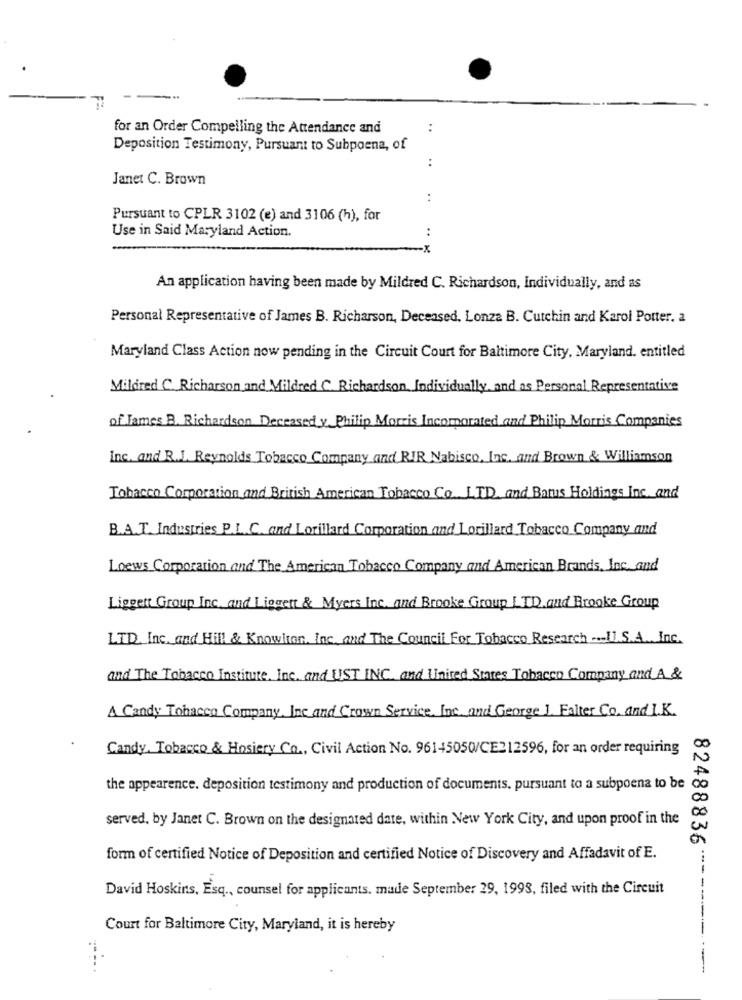
for an Order Compelling the Attendance and
..
Deposition Testimony, Pursuant to Subpoena, of
..
Janet C. Brown
..
Pursuant to CPLR 3102 (e) and 3106 (h), for
Use in Said Maryland Action.
An application having been made by Mildred C. Richardson, Individually, and as
Personal Representative of James B. Richarson, Deceased, Lonza B. Cutchin and Karol Potter. a
Maryland Class Action now pending in the Circuit Court for Baltimore City, Maryland. entitled
Mildred C. Richarson and Mildred C. Richardson, Individually, and as Personal Representative
of James B. Richardson Deceased y Philip Morris Incorporated and Philip Morris Companies
Inc. and R.J. Reynolds Tobacco Company and RIR Nabisco. Inc. and Brown & Williamson
Tobacco Corporation and British American Tobacco Co. LTD. and Batus Holdings Inc. and
B.A. T. Industries P.L.C. and Lorillard Corporation and Lorillard Tobacco Company and
Loews Corporation and The American Tobacco Company and American Brands, Inc. and
Liggett Group Inc. and Liggett & Myers Inc. and Brooke Group LTD. and Brooke Group
LTD Inc. and Hill & Knowlton, Inc. and The Council For Tobacco Research -U.S.A. Inc.
and The Tobacco Institute. Inc. and UST INC. and United States Tobacco Company and A &
A Candy Tobacco Company. Inc and Crown Service, Inc. and George ]. Falter Co. and I.K.
Candy, Tobacco & Hosiery Co ., Civil Action No. 96145050/CE212596, for an order requiring
the appearence. deposition testimony and production of documents, pursuant to a subpoena to be
served, by Janet C. Brown on the designated date, within New York City, and upon proof in the
82488836
form of certified Notice of Deposition and certified Notice of Discovery and Affadavit of E.
David Hoskins, Esq ., counsel for applicants. madle September 29, 1998, filed with the Circuit
Court for Baltimore City, Maryland, it is hereby
----